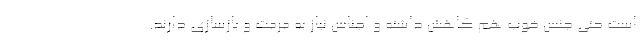
است حتی جنس خوب هم کاهش داشته و اجناس نیاز به مرمت و بازسازی دارند.